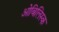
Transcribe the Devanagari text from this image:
ओबिलिस्क